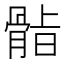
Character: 𮪫